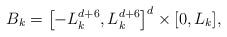
LaTeX: \begin{align*}B_{k} = \left[-L_{k}^{d+6}, L_{k}^{d+6} \right]^{d} \times [0,L_{k}],\end{align*}